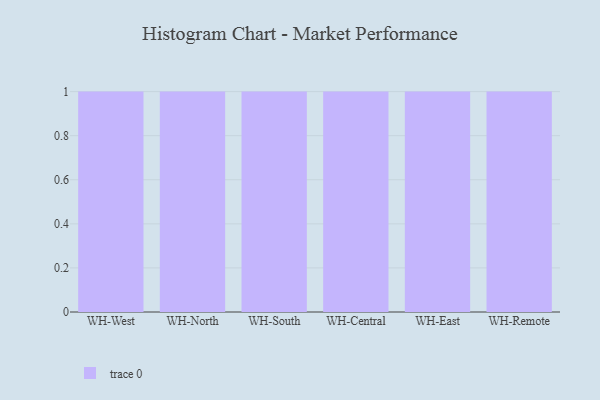
{"axis": {"x": "Warehouse", "y": "Headcount"}, "legend": [""], "data": [{"x": "WH-West", "y": 82, "type": ""}, {"x": "WH-North", "y": 98, "type": ""}, {"x": "WH-South", "y": 82, "type": ""}, {"x": "WH-Central", "y": 4, "type": ""}, {"x": "WH-East", "y": 8, "type": ""}, {"x": "WH-Remote", "y": 47, "type": ""}]}